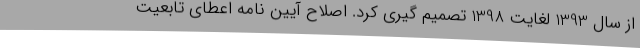
از سال 1393 لغایت 1398 تصمیم گیری کرد. اصلاح آیین نامه اعطای تابعیت